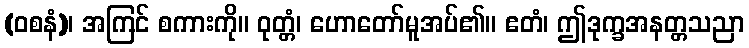
(ဝစနံ)၊ အကြင် စကားကို။ ဝုတ္တံ၊ ဟောတော်မူအပ်၏။ ဧတံ၊ ဤဒုက္ခအနတ္တသညာ